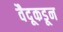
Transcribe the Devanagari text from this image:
वैदूकडून